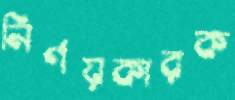
নির্ণয়কারক